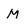
Character: M